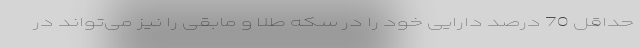
حداقل 70 درصد دارایی خود را در سکه طلا و مابقی را نیز می‌تواند در